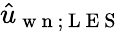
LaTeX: \hat{u}_{\mathrm{~w~n~};\mathrm{~L~E~S~}}